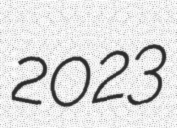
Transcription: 2023